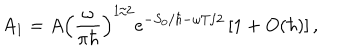
LaTeX: { A _ { 1 } } = A { { \left( { \frac { \omega } { \pi \hbar } } \right) } ^ { 1 / 2 } } { e ^ { - { S _ { 0 } } / \hbar - \omega T / 2 } } \left[ 1 + O ( \hbar ) \right] ,